Annual report on the mental hospital in the Central Provinces and Berar (Nagpur) - 1927-1951
Year: 1927
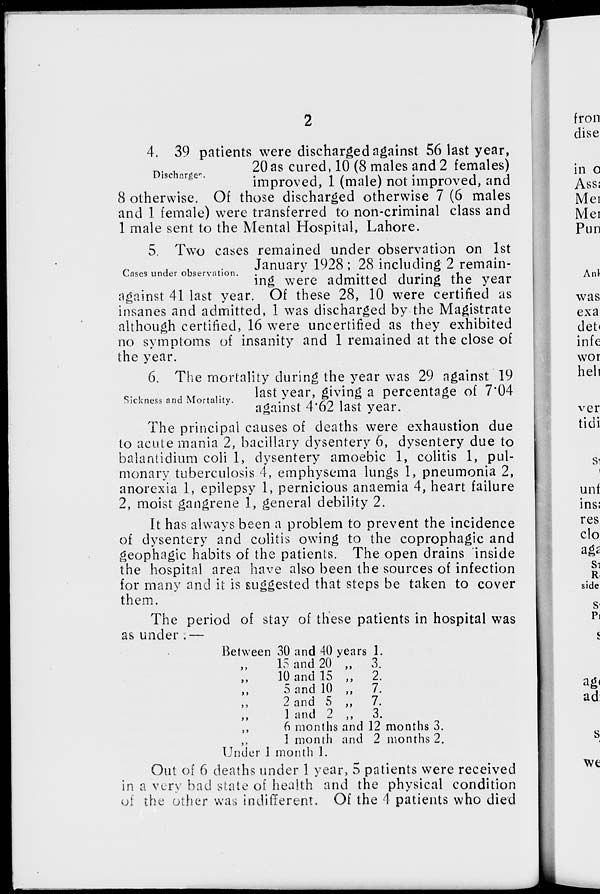
2
Discharges.
4. 39 patients were discharged against 56 last year,
20 as cured, 10 (8 males and 2 females)
improved, 1 (male) not improved, and
8 otherwise. Of those discharged otherwise 7 (6 males
and 1 female) were transferred to non-criminal class and
1 male sent to the Mental Hospital, Lahore.
Cases under observation.
5. Two cases remained under observation on 1st
January 1928 ; 28 including 2 remain-
ing were admitted during the year
against 41 last year. Of these 28, 10 were certified as
insanes and admitted, 1 was discharged by the Magistrate
although certified, 16 were uncertified as they exhibited
no symptoms of insanity and 1 remained at the close of
the year.
Sickness and Mortality.
6. The mortality during the year was 29 against 19
last year, giving a percentage of 7.04
against 4.62 last year.
The principal causes of deaths were exhaustion due
to acute mania 2, bacillary dysentery 6, dysentery due to
balantidium coli 1, dysentery amoebic 1, colitis 1, pul-
monary tuberculosis 4, emphysema lungs 1, pneumonia 2,
anorexia 1, epilepsy 1, pernicious anaemia 4, heart failure
2, moist gangrene 1, general debility 2.
It has always been a problem to prevent the incidence
of dysentery and colitis owing to the coprophagic and
geophagic habits of the patients. The open drains inside
the hospital area have also been the sources of infection
for many and it is suggested that steps be taken to cover
them.
The period of stay of these patients in hospital was
as under .—
Between
„
„
„
„
„
„
„
30 and 40
15 and 20
10 and 15
5 and 10
2 and 5
1 and 2
years
„
„
„
„
„
1.
3.
2.
7.
7.
3.
6 months and 12 months 3.
1 month and 2 months 2.
Under 1 month 1.
Out of 6 deaths under 1 year, 5 patients were received
in a very bad state of health and the physical condition
of the other was indifferent. Of the 4 patients who died